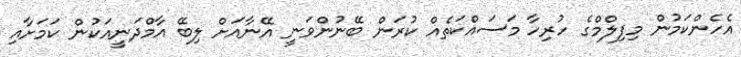
އެހެންކަމުން މިފިލްމްގެ ހުރިހާ މަސައްކަތެއް ކުރަން ބޭނުންވަނީ އޭނާއަށް ލިބޭ އާމްދަނީއަކުން ކަމަށާއި